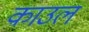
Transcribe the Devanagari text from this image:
काउल